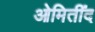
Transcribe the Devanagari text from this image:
ओमितींद